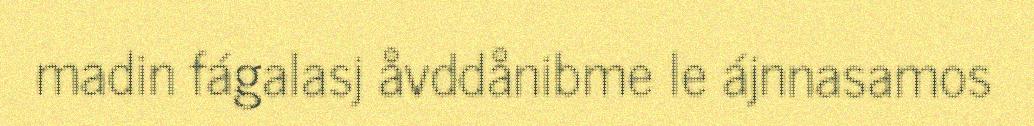
madin fágalasj åvddånibme le ájnnasamos